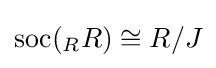
\mathrm {soc} (_{R}R)\cong R/J